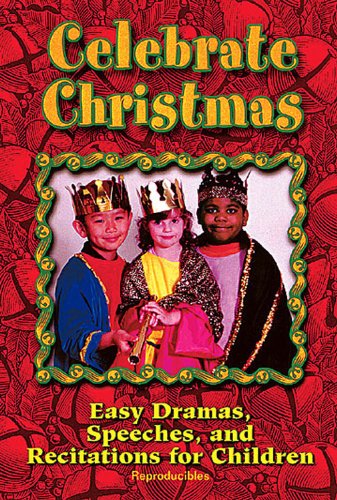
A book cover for Celebrate Christmas: Easy Dramas, Speeches, and Recitations for Children; Peggy Augustine; Literature & Fiction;